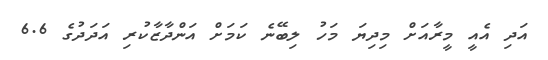
އަދި އެއީ މީރާއަށް މިދިޔަ މަހު ލިބޭނެ ކަމަށް އަންދާޒާކުރި އަދަދުގެ 6.6